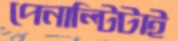
পেনাল্টিটাই